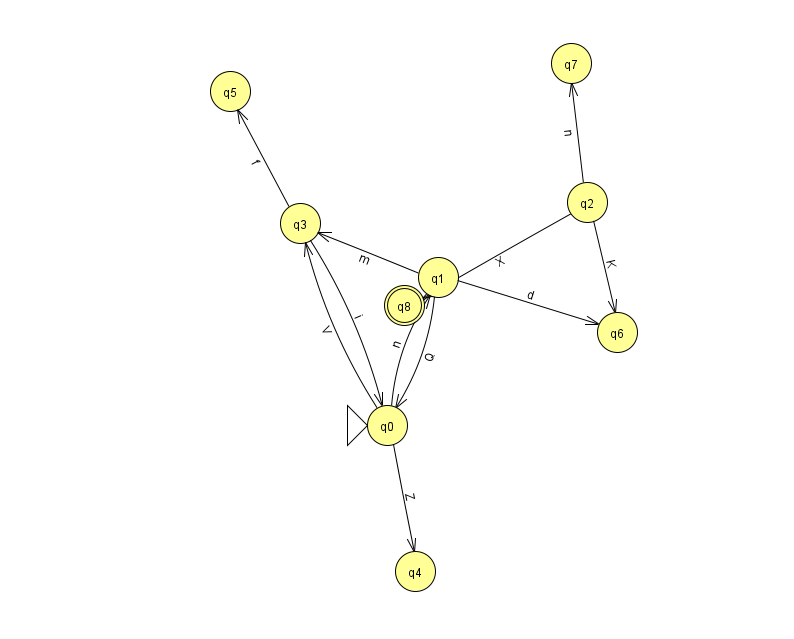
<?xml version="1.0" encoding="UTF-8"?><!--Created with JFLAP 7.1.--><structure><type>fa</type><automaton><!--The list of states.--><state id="0" name="q0"><x>387.0</x><y>412.0</y><initial/></state><state id="1" name="q1"><x>438.0</x><y>264.0</y></state><state id="2" name="q2"><x>587.0</x><y>189.0</y></state><state id="3" name="q3"><x>300.0</x><y>210.0</y></state><state id="4" name="q4"><x>415.0</x><y>558.0</y></state><state id="5" name="q5"><x>230.0</x><y>78.0</y></state><state id="6" name="q6"><x>617.0</x><y>319.0</y></state><state id="7" name="q7"><x>571.0</x><y>50.0</y></state><state id="8" name="q8"><x>404.0</x><y>292.0</y><final/></state><!--The list of transitions.--><transition><from>2</from><to>8</to><read>X</read></transition><transition><from>0</from><to>3</to><read>V</read></transition><transition><from>1</from><to>6</to><read>d</read></transition><transition><from>1</from><to>0</to><read>Q</read></transition><transition><from>3</from><to>5</to><read>f</read></transition><transition><from>2</from><to>7</to><read>n</read></transition><transition><from>0</from><to>1</to><read>n</read></transition><transition><from>1</from><to>3</to><read>m</read></transition><transition><from>3</from><to>0</to><read>i</read></transition><transition><from>2</from><to>6</to><read>K</read></transition><transition><from>0</from><to>4</to><read>Z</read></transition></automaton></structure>